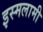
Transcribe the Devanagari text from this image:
इस्मलामी